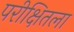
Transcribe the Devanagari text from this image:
परीक्षितला